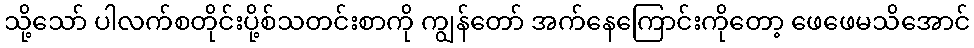
သို့သော် ပါလက်စတိုင်းပို့စ်သတင်းစာကို ကျွန်တော် အက်နေကြောင်းကိုတော့ ဖေဖေမသိအောင်